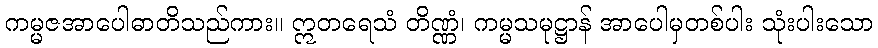
ကမ္မဇအာပေါဓာတိသည်ကား။ ဣတရေသံ တိဏ္ဏံ၊ ကမ္မသမုဋ္ဌာန် အာပေါမှတစ်ပါး သုံးပါးသော